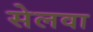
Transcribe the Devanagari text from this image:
सेलवा